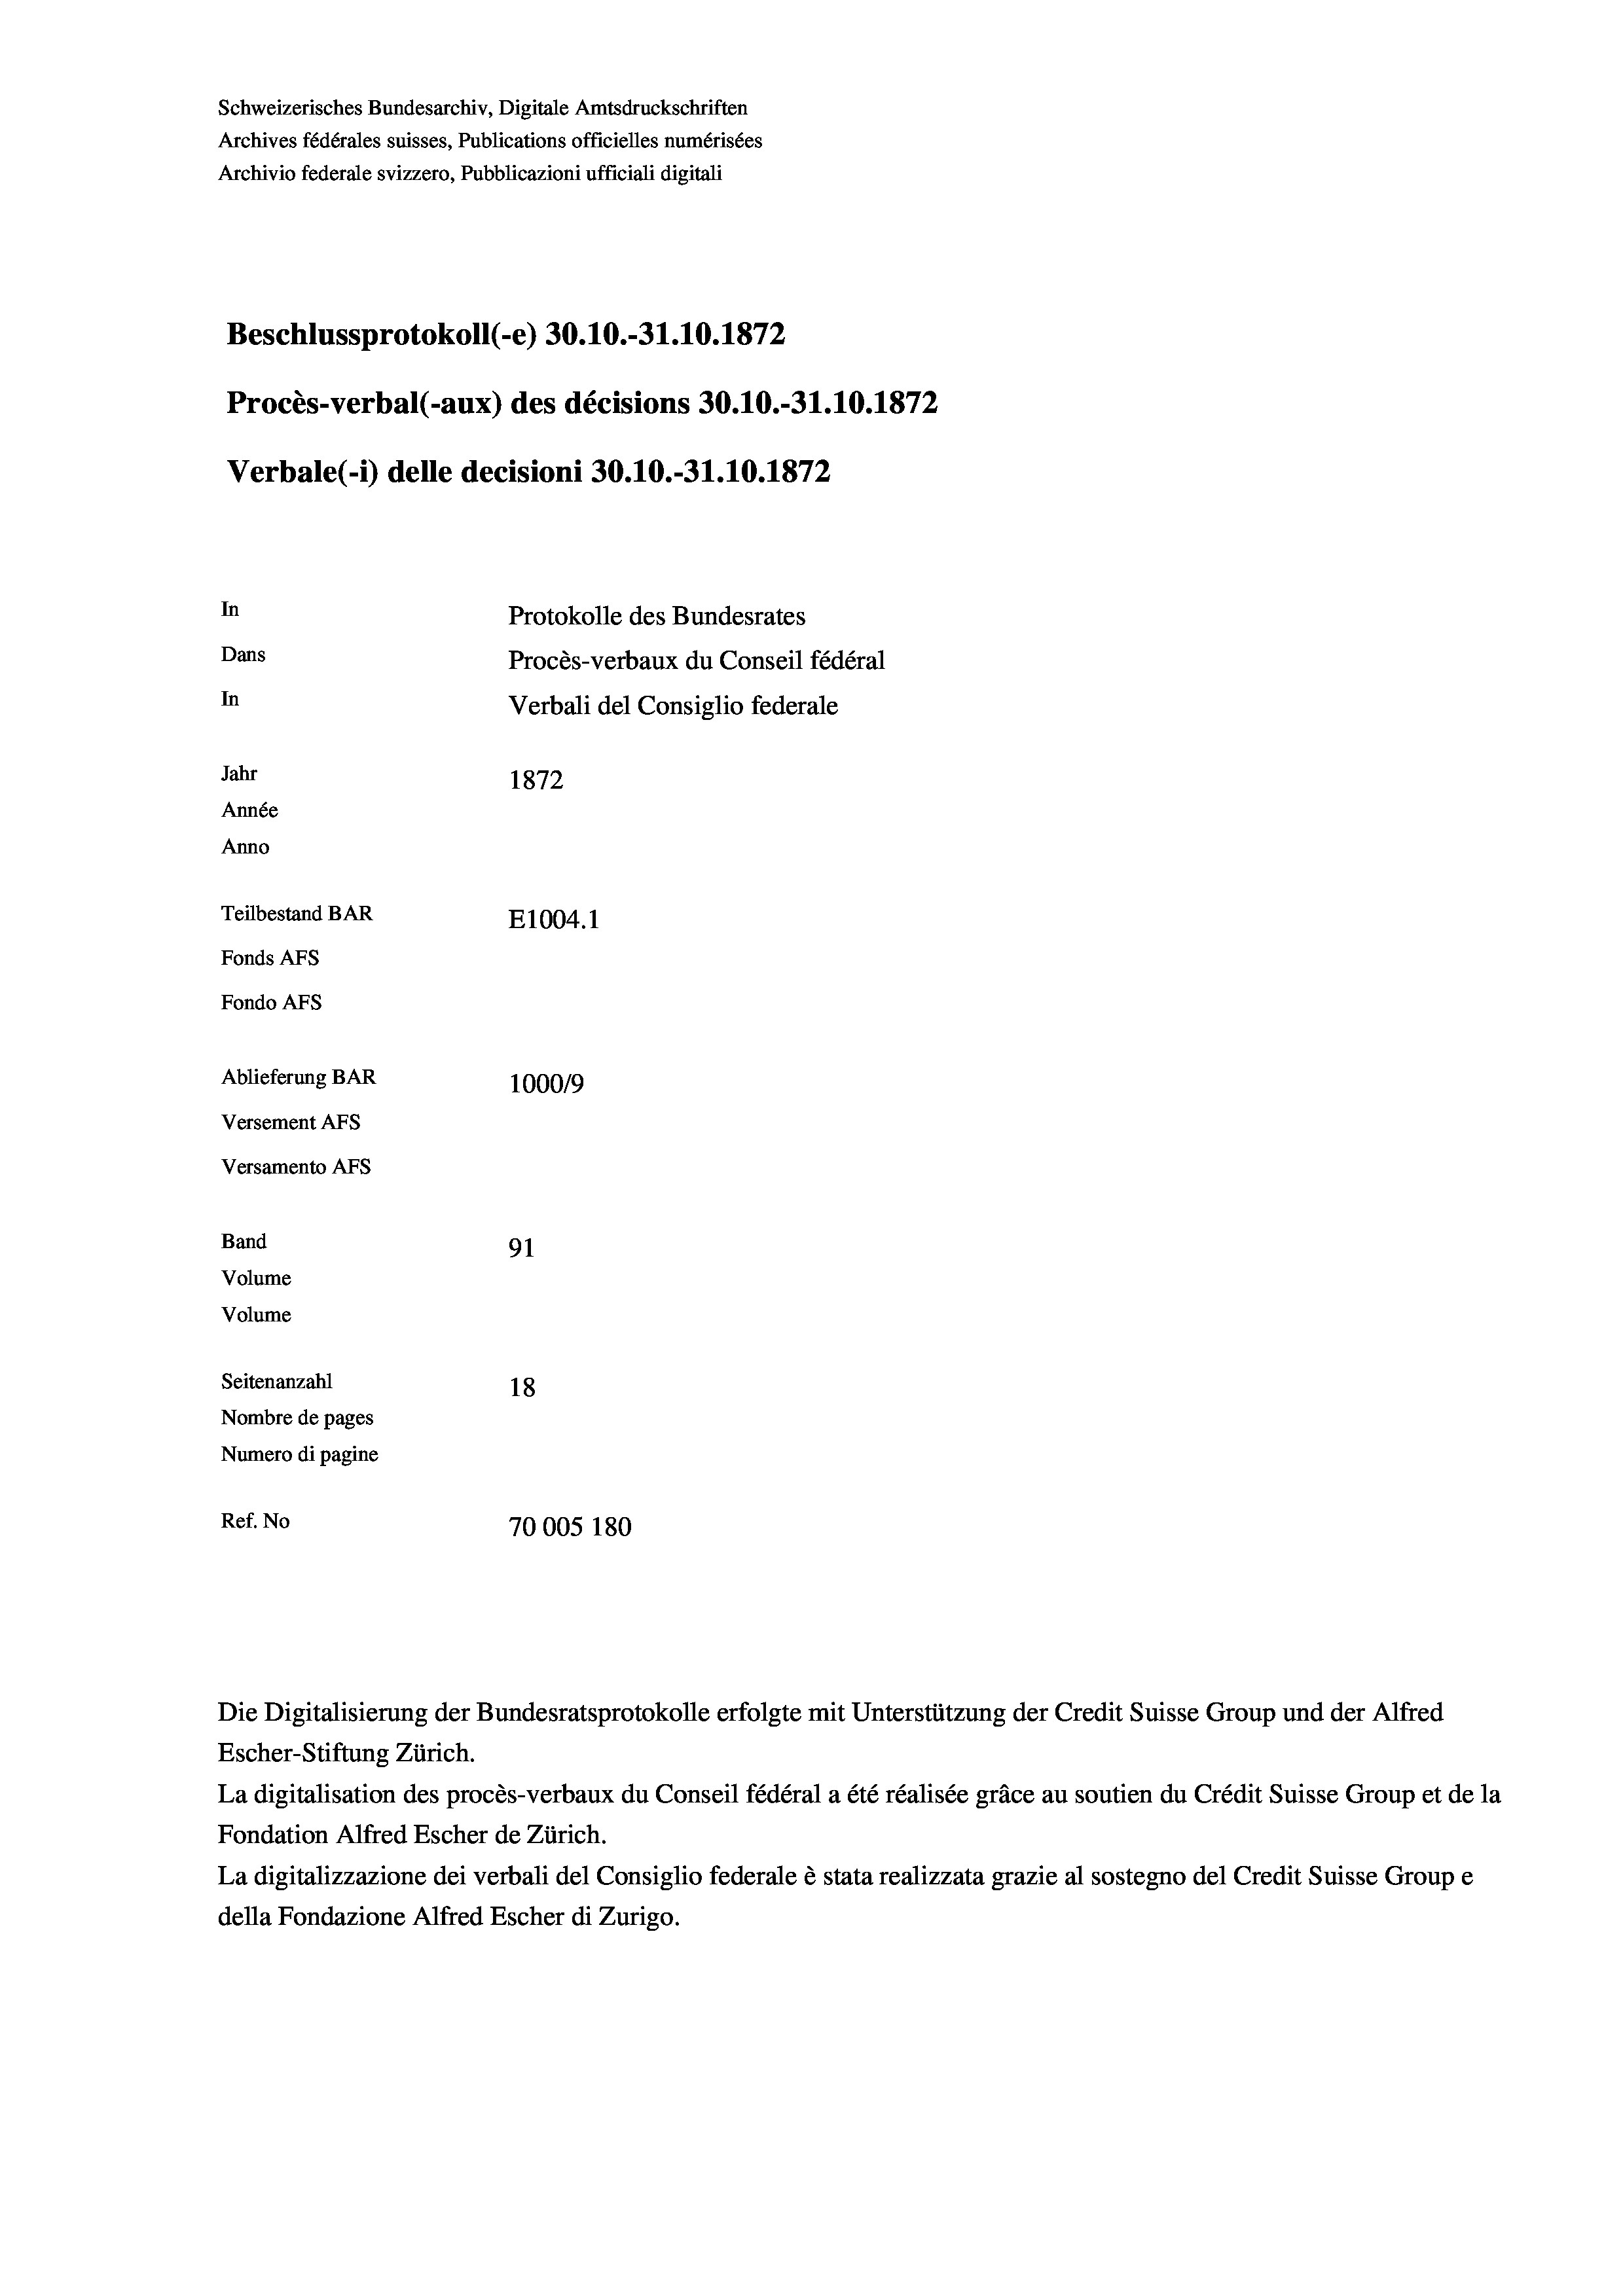
Schweizerisches Bundesarchiv, Digitale Amtsdruckschriften
Archives fédérales suisses, Publications officielles numérisées
Archivio federale svizzero, Pubblicazioni ufficiali digitali
Beschlussprotokoll (-e) 30.10.-31.10.1872
Procès-verbal (-aux) des décisions 30.10.-31.10.1872
Verbale (- 1) delle decisioni 30.10.-31.10.1872
In
Protokolle des Bundesrates
Dans
Procès-verbaux du Conseil fédéral
In
Verbali del Consiglio federale
Jahr
1872
Année
Anno
Teilbestand BAR
E1004. 1
Fonds AFs
Fondo AFS
Ablieferung BAR
100019
Versement AFs
Versamento Afs
Band
91
Volume
Volume
Seitenanzahl
18
Nombre de pages
Numero di pagine
Ref. No
70005 180

Escher-Stiftung Zürich.
La digitalisation des procès-verbaux du Conseil fédéral a été réalisée gräce au soutien du Crédit Suisse Group et de la
Fondation Alfred Escher de Zürich.
La digitalizzazione dei verbali del Consiglio federale è stata realizzata grazie al sostegno del Credit Suisse Groupe
della Fondazione Alfred Escher di Zurigo.

Die Digitalisierung der Bundesratsprotokolle erfolgte mit Unterstützung der Credit Suisse Group und der Alfred